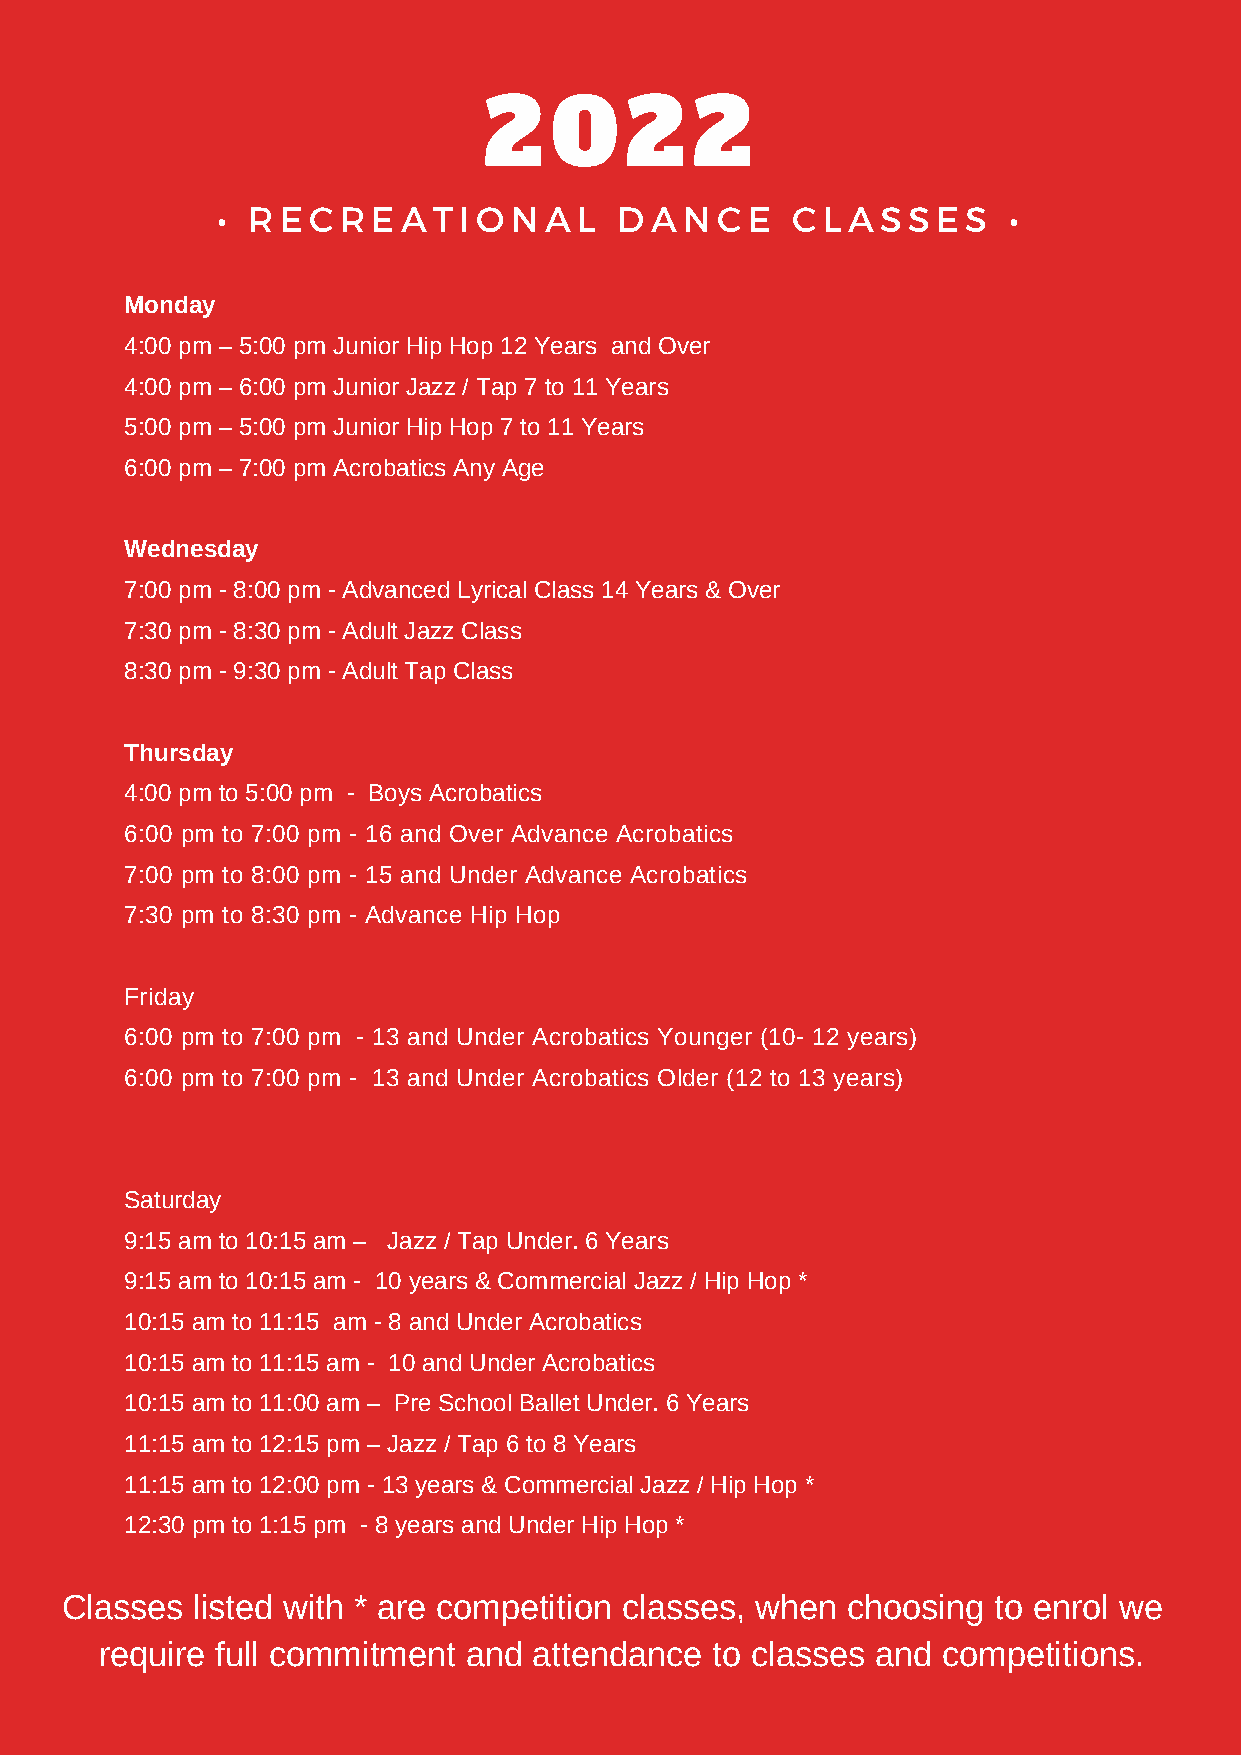
2    0   2    2
 • R  E C R E A T I O N A L D A N C E  C L A S S E S  •
 Monday
 4:00 pm – 5:00 pm Junior Hip Hop 12 Years and Over
 4:00 pm – 6:00 pm Junior Jazz / Tap 7 to 11 Years
 5:00 pm – 5:00 pm Junior Hip Hop 7 to 11 Years
 6:00 pm – 7:00 pm Acrobatics Any Age
 Wednesday
 7:00 pm - 8:00 pm - Advanced Lyrical Class 14 Years & Over
 7:30 pm - 8:30 pm - Adult Jazz Class
 8:30 pm - 9:30 pm - Adult Tap Class
 Thursday
 4:00 pm to 5:00 pm - Boys Acrobatics
 6:00 pm to 7:00 pm - 16 and Over Advance Acrobatics
 7:00 pm to 8:00 pm - 15 and Under Advance Acrobatics
 7:30 pm to 8:30 pm - Advance Hip Hop
 Friday
 6:00 pm to 7:00 pm - 13 and Under Acrobatics Younger (10- 12 years)
 6:00 pm to 7:00 pm - 13 and Under Acrobatics Older (12 to 13 years)
 Saturday
 9:15 am to 10:15 am – Jazz / Tap Under. 6 Years
 9:15 am to 10:15 am - 10 years & Commercial Jazz / Hip Hop *
 10:15 am to 11:15 am - 8 and Under Acrobatics
 10:15 am to 11:15 am - 10 and Under Acrobatics
 10:15 am to 11:00 am – Pre School Ballet Under. 6 Years
 11:15 am to 12:15 pm – Jazz / Tap 6 to 8 Years
 11:15 am to 12:00 pm - 13 years & Commercial Jazz / Hip Hop *
 12:30 pm to 1:15 pm - 8 years and Under Hip Hop *
 Classes  listed with * are competition classes, when choosing to enrol we
 require full commitment and attendance  to classes and competitions.